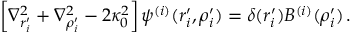
\left[ \nabla _ { r _ { i } ^ { \prime } } ^ { 2 } + \nabla _ { \rho _ { i } ^ { \prime } } ^ { 2 } - 2 \kappa _ { 0 } ^ { 2 } \right] \psi ^ { ( i ) } ( r _ { i } ^ { \prime } , \rho _ { i } ^ { \prime } ) = \delta ( r _ { i } ^ { \prime } ) B ^ { ( i ) } ( \rho _ { i } ^ { \prime } ) \, .